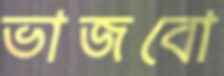
ভাজবো